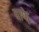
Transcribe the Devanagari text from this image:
वाफे़